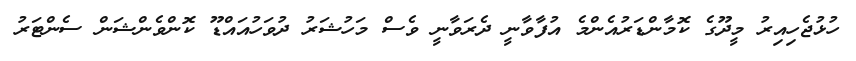
ހުޅުޖެހިއިރު މީދޫގެ ކޮމާންޑަރުއެންމެ އުފާވާނީ ދެރަވާނީ ވެސް މަހުޝަރު ދުވަހުއައްޑޫ ކޮންވެންޝަން ސެންޓަރު